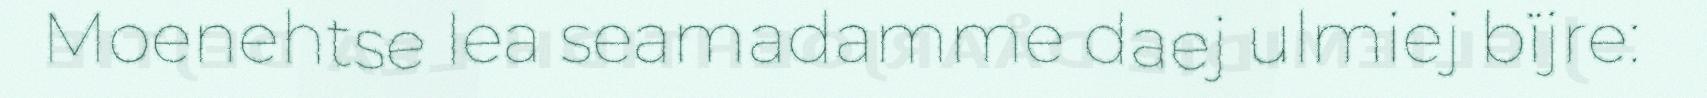
Moenehtse lea seamadamme daej ulmiej bïjre: